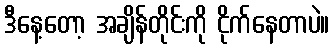
ဒီနေ့တော့ အချိန်တိုင်းကို ငိုက်နေတာပဲ။